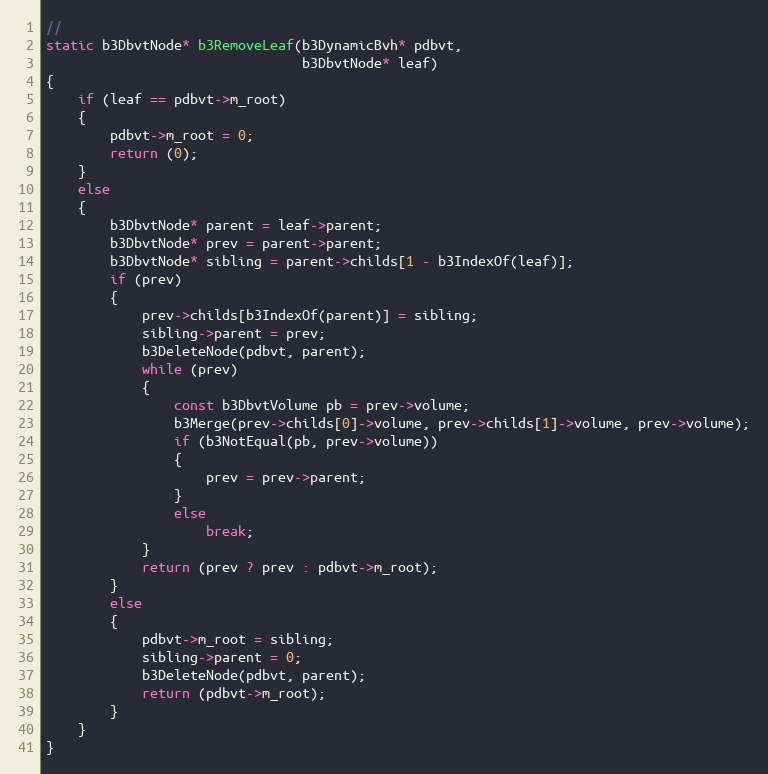
Language: C++
//
static b3DbvtNode* b3RemoveLeaf(b3DynamicBvh* pdbvt,
								b3DbvtNode* leaf)
{
	if (leaf == pdbvt->m_root)
	{
		pdbvt->m_root = 0;
		return (0);
	}
	else
	{
		b3DbvtNode* parent = leaf->parent;
		b3DbvtNode* prev = parent->parent;
		b3DbvtNode* sibling = parent->childs[1 - b3IndexOf(leaf)];
		if (prev)
		{
			prev->childs[b3IndexOf(parent)] = sibling;
			sibling->parent = prev;
			b3DeleteNode(pdbvt, parent);
			while (prev)
			{
				const b3DbvtVolume pb = prev->volume;
				b3Merge(prev->childs[0]->volume, prev->childs[1]->volume, prev->volume);
				if (b3NotEqual(pb, prev->volume))
				{
					prev = prev->parent;
				}
				else
					break;
			}
			return (prev ? prev : pdbvt->m_root);
		}
		else
		{
			pdbvt->m_root = sibling;
			sibling->parent = 0;
			b3DeleteNode(pdbvt, parent);
			return (pdbvt->m_root);
		}
	}
}